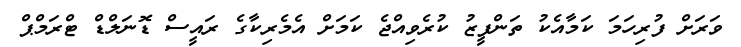
ވަރަށް ފުރިހަމަ ކަމާއެކު ތަންފީޒު ކުރެވިއްޖެ ކަމަށް އެމެރިކާގެ ރައީސް ޑޮނަލްޑް ޓްރަމްޕް